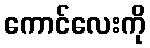
ကောင်လေးကို